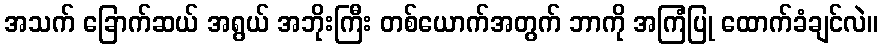
အသက် ခြောက်ဆယ် အရွယ် အဘိုးကြီး တစ်ယောက်အတွက် ဘာကို အကြံပြု ထောက်ခံချင်လဲ။